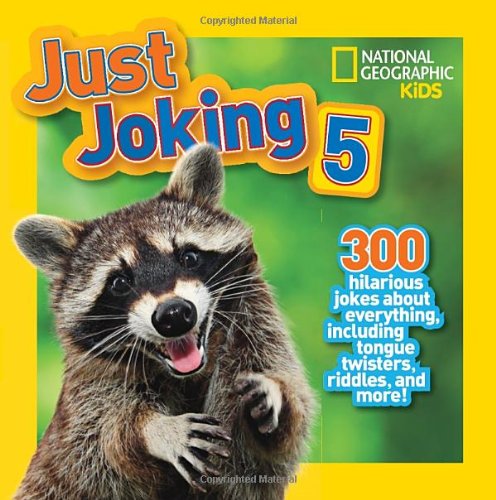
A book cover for National Geographic Kids Just Joking 5: 300 Hilarious Jokes About Everything, Including Tongue Twisters, Riddles, and More!; National Geographic Kids; Children's Books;